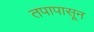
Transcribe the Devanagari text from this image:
तपापासून